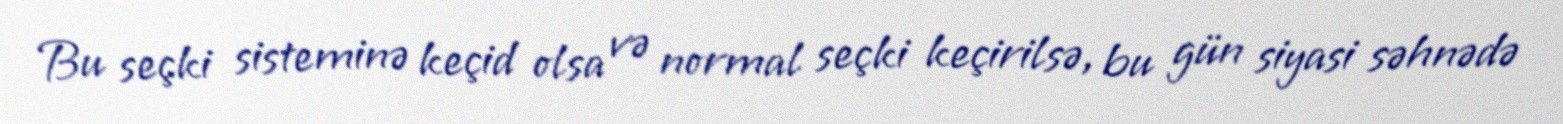
Bu seçki sisteminə keçid olsa və normal seçki keçirilsə, bu gün siyasi səhnədə